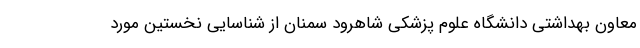
معاون بهداشتی دانشگاه علوم پزشکی شاهرود سمنان از شناسایی نخستین مورد